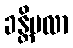
ခန္တိဗလာ